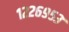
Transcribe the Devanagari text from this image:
१२२६९५३